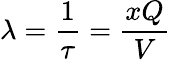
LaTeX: \lambda=\frac{1}{\tau}=\frac{xQ}{V}